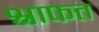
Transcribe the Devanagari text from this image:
श्राफत